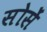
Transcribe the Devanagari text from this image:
सोसें